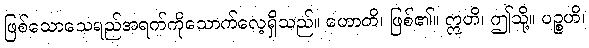
ဖြစ်သောသေရည်အရက်ကိုသောက်လေ့ရှိသည်။ ဟောတိ၊ ဖြစ်၏။ ဣတိ၊ ဤသို့။ ပဉ္စဟိ၊